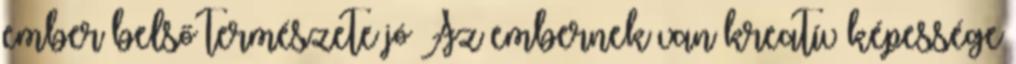
ember belső természete jó Az embernek van kreatív képessége